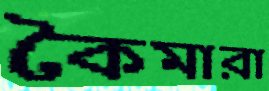
কৈমারা